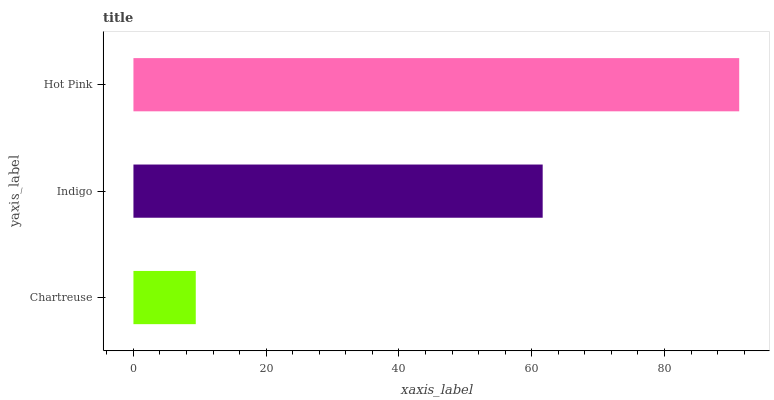
| yaxis_label | bars |
 | --- | --- |
 | Chartreuse | 9.39 |
 | Indigo | 61.6 |
 | Hot Pink | 91.3 |